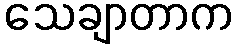
သေချာတာက